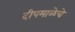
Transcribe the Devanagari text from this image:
दीपमाळेचे